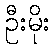
ဦးမိုး